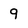
Character: 9